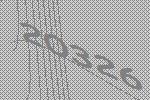
20326